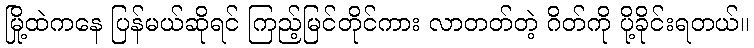
မြို့ထဲကနေ ပြန်မယ်ဆိုရင် ကြည့်မြင်တိုင်ကား လာတတ်တဲ့ ဂိတ်ကို ပို့ခိုင်းရတယ်။